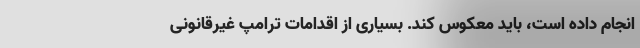
انجام داده است، باید معکوس کند. بسیاری از اقدامات ترامپ غیرقانونی